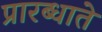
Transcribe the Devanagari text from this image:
प्रारब्धाते